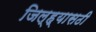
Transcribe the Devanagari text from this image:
जिल्ह्यासठी